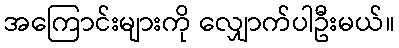
အကြောင်းများကို လျှောက်ပါဦးမယ်။